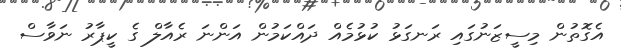
އެގޮތުން މިސީޒަނުގައި ރަނގަޅު ކުޅުމެއް ދައްކަމުން އަންނަ ރެއާލް ގެ ކީޕާރު ނަވާސް